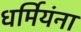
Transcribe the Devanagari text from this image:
धर्मियंना